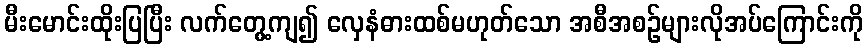
မီးမောင်းထိုးပြပြီး လက်တွေ့ကျ၍ လှေနံဓားထစ်မဟုတ်သော အစီအစဉ်များလိုအပ်ကြောင်းကို